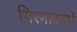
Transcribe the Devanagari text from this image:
गिरगावमधे